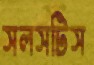
সলসটিস